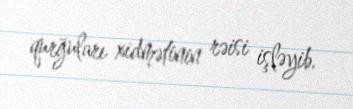
qurğuları xidmətinin rəisi işləyib.